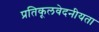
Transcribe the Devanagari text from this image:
प्रतिकूलवेदनीयता